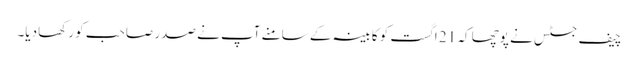
چیف جسٹس نے پوچھا کہ 21 اگست کو کابینہ کے سامنے آپ نے صدر صاحب کو رکھا دیا۔